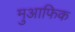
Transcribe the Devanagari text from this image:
मुआफिक